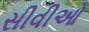
સીવીઓ